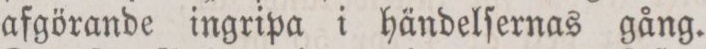
afgörande ingripa i händelſernas gång.